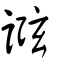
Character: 誸